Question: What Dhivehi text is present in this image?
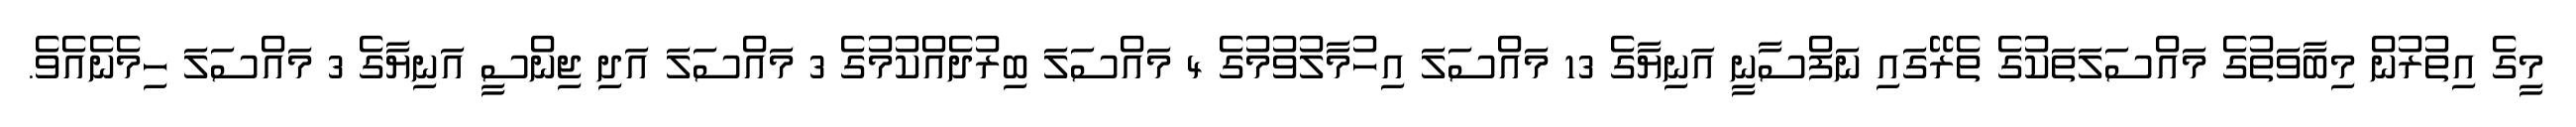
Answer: މީގެ އިތުރުން މިބާވަތުގެ މައްސަލަތަކުގެ ތެރޭގައި ނަފްސާނީ އަނިޔާގެ 13 މައްސަލަ އިހުމާލުވުމުގެ 4 މައްސަލަ ބިރުދެއްކުމުގެ 3 މައްސަލަ އަދި ޖިންސީ އަނިޔާގެ 3 މައްސަލަ ހިމެނެއެވެ.